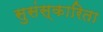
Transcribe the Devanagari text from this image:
सुसंस्कारिता